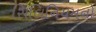
સિલિનિયમનો